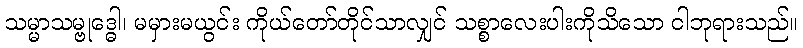
သမ္မာသမ္ဗုဒ္ဓေါ၊ မမှားမယွင်း ကိုယ်တော်တိုင်သာလျှင် သစ္စာလေးပါးကိုသိသော ငါဘုရားသည်။